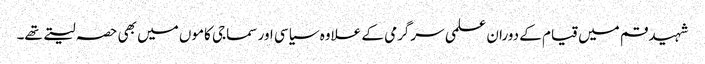
شہید قم میں قیام کے دوران علمی سرگرمی کے علاوہ سیاسی اور سماجی کاموں میں بھی حصہ لیتے تھے۔